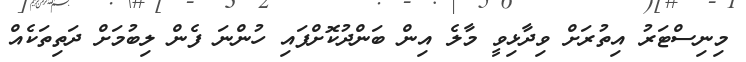
މިނިސްޓަރު އިތުރަށް ވިދާޅިވީ މާލެ އިން ބަންދުކޮށްފައި ހުންނަ ފެން ލިބުމަށް ދަތިތަކެއް